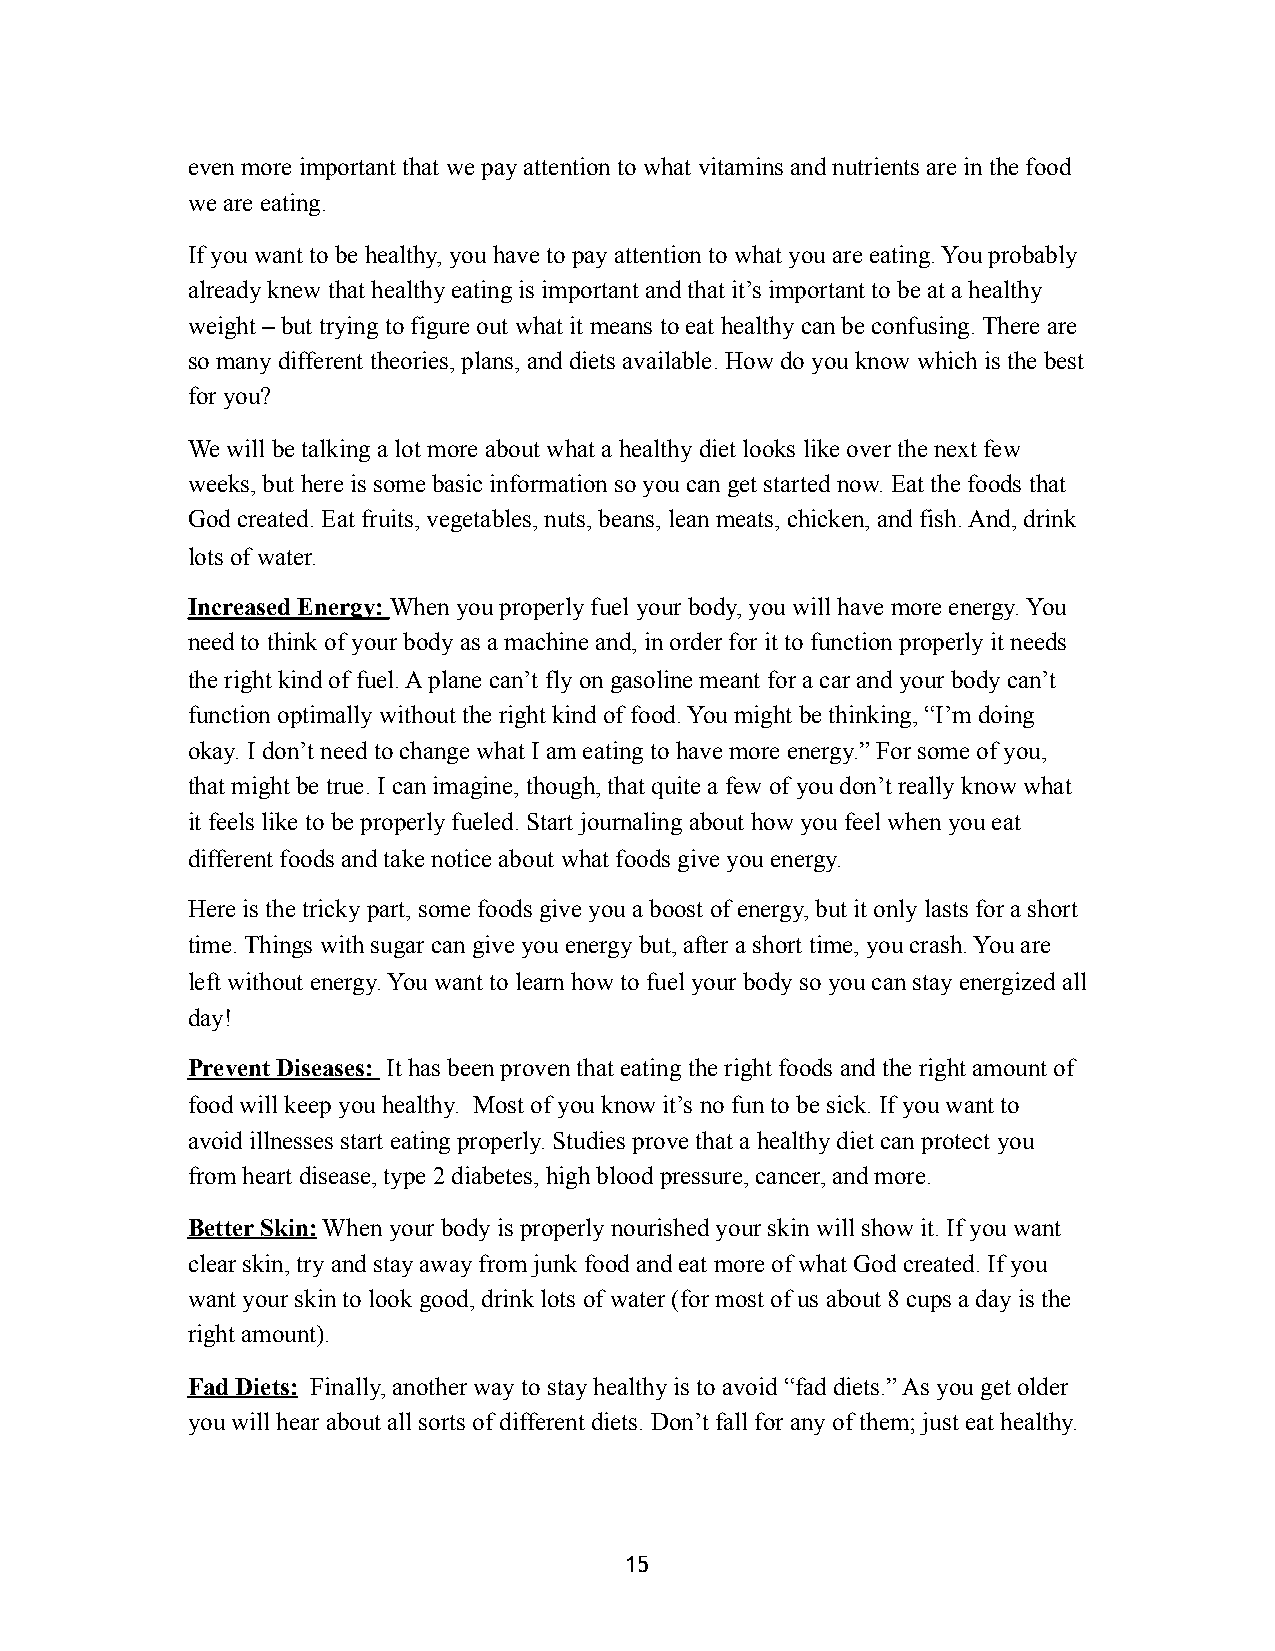
even more important that we pay attention to what vitamins and nutrients are in the food
 we are eating.
 If you want to be healthy, you have to pay attention to what you are eating. You probably
 already knew that healthy eating is important and that it’s important to be at a healthy
 weight – but trying to figure out what it means to eat healthy can be confusing. There are
 so many different theories, plans, and diets available. How do you know which is the best
 for you?
 We will be talking a lot more about what a healthy diet looks like over the next few
 weeks, but here is some basic information so you can get started now. Eat the foods that
 God created. Eat fruits, vegetables, nuts, beans, lean meats, chicken, and fish. And, drink
 lots of water.
 Increased Energy: When you properly fuel your body, you will have more energy. You
 need to think of your body as a machine and, in order for it to function properly it needs
 the right kind of fuel. A plane can’t fly on gasoline meant for a car and your body can’t
 function optimally without the right kind of food. You might be thinking, “I’m doing
 okay. I don’t need to change what I am eating to have more energy.” For some of you,
 that might be true. I can imagine, though, that quite a few of you don’t really know what
 it feels like to be properly fueled. Start journaling about how you feel when you eat
 different foods and take notice about what foods give you energy.
 Here is the tricky part, some foods give you a boost of energy, but it only lasts for a short
 time. Things with sugar can give you energy but, after a short time, you crash. You are
 left without energy. You want to learn how to fuel your body so you can stay energized all
 day!
 Prevent Diseases: It has been proven that eating the right foods and the right amount of
 food will keep you healthy. Most of you know it’s no fun to be sick. If you want to
 avoid illnesses start eating properly. Studies prove that a healthy diet can protect you
 from heart disease, type 2 diabetes, high blood pressure, cancer, and more.
 Better Skin: When your body is properly nourished your skin will show it. If you want
 clear skin, try and stay away from junk food and eat more of what God created. If you
 want your skin to look good, drink lots of water (for most of us about 8 cups a day is the
 right amount).
 Fad Diets: Finally, another way to stay healthy is to avoid “fad diets.” As you get older
 you will hear about all sorts of different diets. Don’t fall for any of them; just eat healthy.
 15